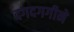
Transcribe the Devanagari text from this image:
दगदगगीने